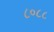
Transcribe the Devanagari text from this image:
८०८८